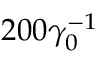
2 0 0 \gamma _ { 0 } ^ { - 1 }